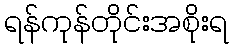
ရန်ကုန်တိုင်းအစိုးရ